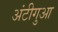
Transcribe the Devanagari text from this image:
अंटीगुआ